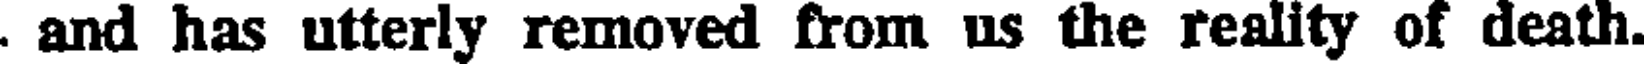
. and has utterly removed from us the reality of death.